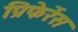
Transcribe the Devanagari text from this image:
प्रिफेरेंस